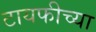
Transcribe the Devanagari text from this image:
टायफीच्या